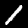
Digit: 1